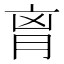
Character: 𦚾